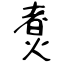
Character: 煑